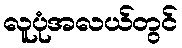
လူပုံအလယ်တွင်